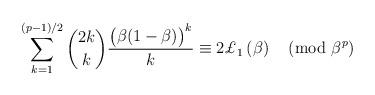
LaTeX: \begin{align*}\sum_{k=1}^{(p-1)/2}\binom{2k}{k}\frac{\bigl(\beta(1-\beta)\bigr)^k}{k}\equiv2\pounds_1\left(\beta\right)\pmod{\beta^p}\end{align*}